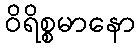
ဝိရိစ္စမာနော